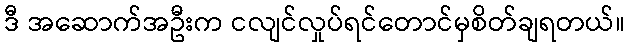
ဒီ အဆောက်အဦးက ငလျင်လှုပ်ရင်တောင်မှစိတ်ချရတယ်။